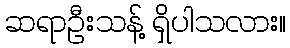
ဆရာဦးသန့် ရှိပါသလား။